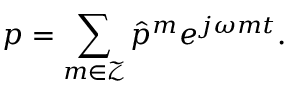
p = \sum _ { m \in \mathcal { Z } } \hat { p } ^ { m } e ^ { j \omega m t } .